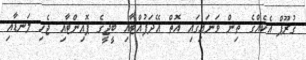
ގުރޫޕް އެކެއްގެ ތިން ވަނައިގައި އޮތް އޭދަފުއްޓާއި ބީޖީގެ ޕޮއިންޓާއި ޖެހި ލަނޑާއި